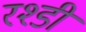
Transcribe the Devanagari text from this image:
रश्डी